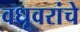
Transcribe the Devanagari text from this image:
वधूवरांचे